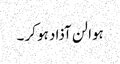
ہوا لن آذاد ہو کر ۔